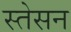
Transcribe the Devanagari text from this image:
स्तेसन